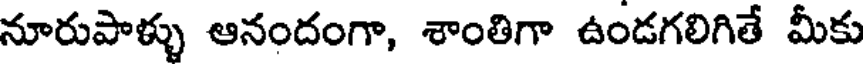
నూరుపాళ్ళు ఆనందంగా, శాంతిగా ఉండగలిగితే మీకు